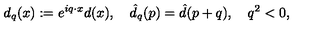
d _ { q } ( x ) : = e ^ { i q \cdot x } d ( x ) , \quad \hat { d } _ { q } ( p ) = \hat { d } ( p + q ) , \quad q ^ { 2 } < 0 ,